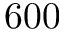
6 0 0